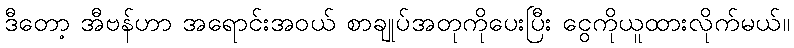
ဒီတော့ အီဗန်ဟာ အရောင်းအဝယ် စာချုပ်အတုကိုပေးပြီး ငွေကိုယူထားလိုက်မယ်။